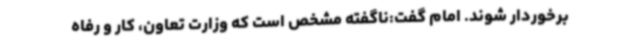
برخوردار شوند. امام گفت:ناگفته مشخص است که وزارت تعاون، کار و رفاه